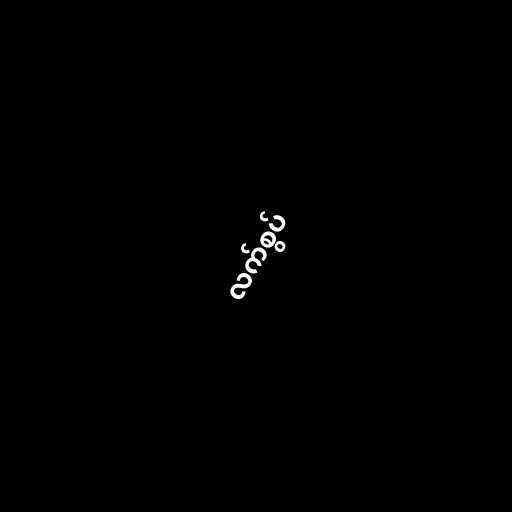
လက်စွပ်